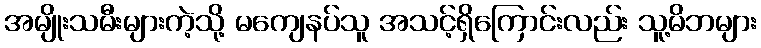
အမျိုးသမီးများကဲ့သို့ မကျေနပ်သူ အသင့်ရှိကြောင်းလည်း သူ့မိဘများ